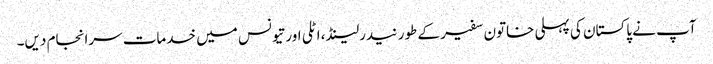
آپ نے پاکستان کی پہلی خاتون سفیر کے طور نیدرلینڈ، اٹلی اور تیونس میں خدمات سرانجام دیں۔